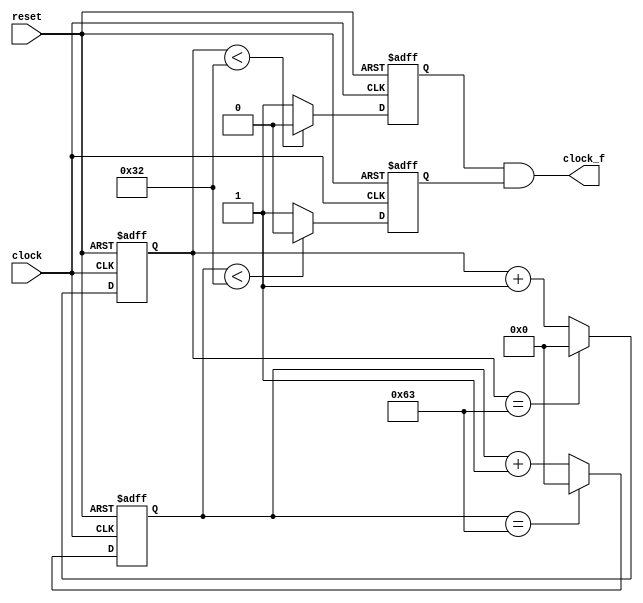
/*
 * F_1
 * ---------------------
 * For: University of Leeds
 *
 * Description
 * ------------
 * Divide the 100Hz frequency into 1hz
 */
 
 module F_1(
 clock,
 reset,
 clock_f
 );
 
 input  clock;
 input  reset;
 output  clock_f;
 
//parameter	WIDTH	= 501;//The number of digits of the counter. The maximum value of the count is 2**WIDTH-1
//parameter	N	= 1000;
 
  parameter	WIDTH	= 51;//The number of digits of the counter. The maximum value of the count is 2**WIDTH-1
  parameter	N	= 100;   
 //parameter	WIDTH	= 2;//The number of digits of the counter. The maximum value of the count is 2**WIDTH-1
 //parameter	N	= 3; 
 
 reg  [WIDTH-1:0] cnt_1,cnt_0;//The register is used to store the value of the counter
 reg  clock_1,clock_0;
 

 always @ (posedge clock or negedge reset) 
		begin
			if(!reset)
				cnt_1<=0;
         else if (cnt_1==N-1)
				cnt_1<=0;
			else cnt_1<=cnt_1+1; //The counter keeps counting and clears when it reaches n-1, which is a counter of modulus N
		end
always @ (posedge clock or negedge reset)
		begin
			if(!reset)
				clock_1<=0;
			else if (cnt_1<(N>>1))
				clock_1<=0;
			else 
				clock_1<=1;
		end
		
always @ (negedge clock or negedge reset)
		begin
			if(!reset)
				cnt_0<=0;
			else if (cnt_0==(N-1))
				cnt_0<=0;
			else cnt_0<=cnt_0+1;
		end
		 
always @ (negedge clock or negedge reset)
		begin
			if(!reset)
				clock_0<=0;
			else if (cnt_0<(N>>1))  
				clock_0<=0;
			else 
				clock_0<=1;
		end


assign  clock_f=clock_1&clock_0;

endmodule